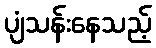
ပျံသန်းနေသည့်